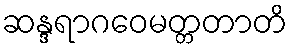
ဆန္ဒရာဂဝေမတ္တတာတိ